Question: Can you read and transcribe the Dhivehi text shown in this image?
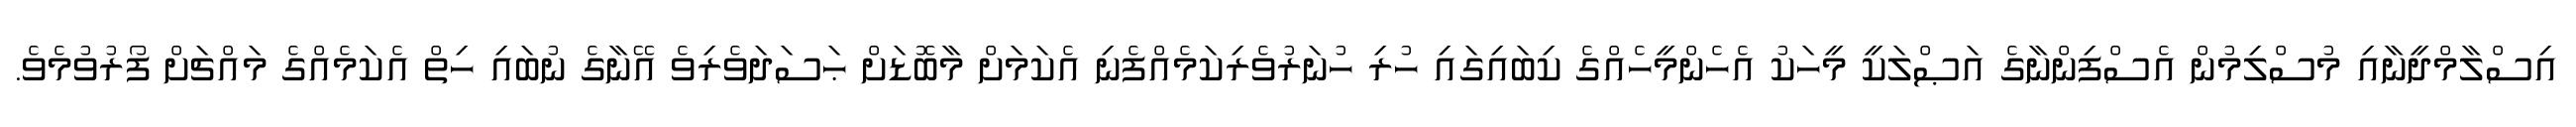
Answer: އިސްލާމްދީނާއި މުސްލިމުން އެސްފިންނާގެ އަޞްލަކީ މީހަކު އެހެންމީހެއްގެ ކިބައިގައި ހުރި ހުނަރުވެރިކަމެއްފެނި އެކަމަށް މާބޮޑަށް ޙަސަދަވެރިވެ އޭނާގެ ނުބައި ހިތް އެކަމެއްގެ މައްޗަށް ފޯރުވުމެވެ.